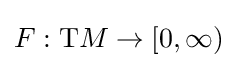
F:\mathrm {T} M\to [0,\infty )